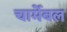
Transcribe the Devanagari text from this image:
चार्मेबल